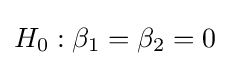
H_{0}:\beta _{1}=\beta _{2}=0